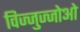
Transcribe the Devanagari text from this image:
विज्जुज्जोओ